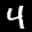
Label: 4